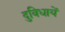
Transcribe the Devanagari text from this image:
दुविधायें